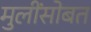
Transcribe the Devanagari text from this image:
मुलींसोबत